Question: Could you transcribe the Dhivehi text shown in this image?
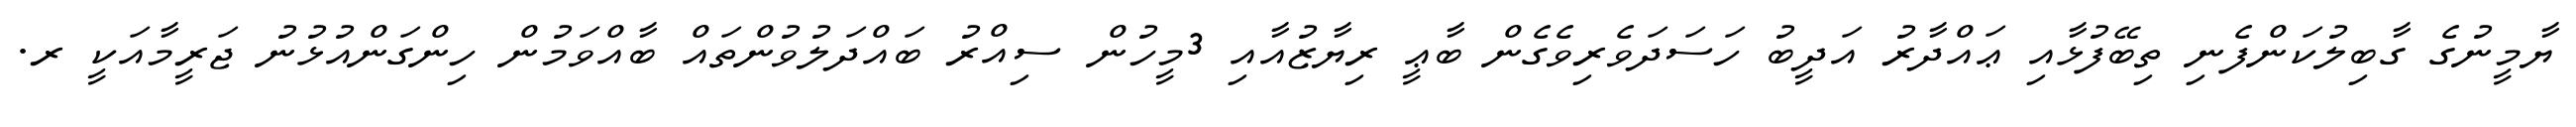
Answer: ޔާމީނުގެ ގާބިލުކަންފެނި ތިބޭފުޅާއި ޢައްދާރު އަދީބު ހަސަދަވެރިވެގެން ބާޢީ ރިޔާޒުއާއި 3މީހުން ސިއްރު ބައްދަލުވުންތައް ބާއްވަމުން ހިންގަންއުޅުނު ޖަރީމާއަކީ ރ.